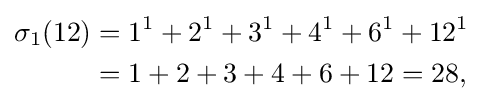
{\begin{aligned}\sigma _{1}(12)&=1^{1}+2^{1}+3^{1}+4^{1}+6^{1}+12^{1}\\&=1+2+3+4+6+12=28,\end{aligned}}